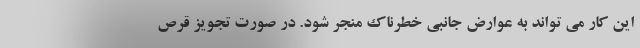
این کار می تواند به عوارض جانبی خطرناک منجر شود. در صورت تجویز قرص